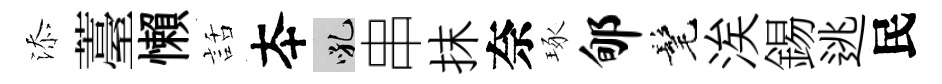
添薹懶話夲吼串抹奈琢郇髦涘錫逃民